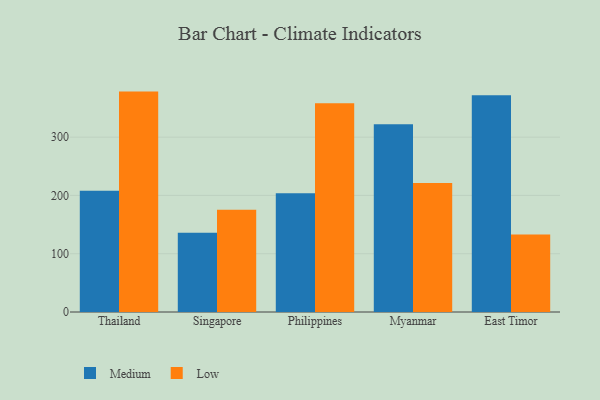
{"axis": {"x": "Country", "y": "Page Views"}, "legend": ["Low", "Medium"], "data": [{"x": "Thailand", "y": 208.1, "type": "Medium"}, {"x": "Thailand", "y": 378.1, "type": "Low"}, {"x": "Singapore", "y": 136.1, "type": "Medium"}, {"x": "Singapore", "y": 175.3, "type": "Low"}, {"x": "Philippines", "y": 203.9, "type": "Medium"}, {"x": "Philippines", "y": 357.9, "type": "Low"}, {"x": "Myanmar", "y": 322.2, "type": "Medium"}, {"x": "Myanmar", "y": 221.1, "type": "Low"}, {"x": "East Timor", "y": 371.7, "type": "Medium"}, {"x": "East Timor", "y": 132.8, "type": "Low"}]}